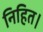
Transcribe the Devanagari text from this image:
निहित।